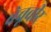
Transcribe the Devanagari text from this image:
बेचूवीर